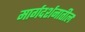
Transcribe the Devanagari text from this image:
मार्गदर्शनातील